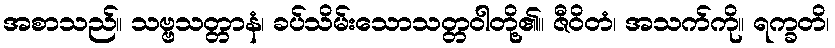
အစာသည်။ သဗ္ဗသတ္တာနံ၊ ခပ်သိမ်းသောသတ္တဝါတို့၏။ ဇီဝိတံ၊ အသက်ကို။ ရက္ခတိ၊